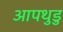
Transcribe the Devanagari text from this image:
आपथुडु